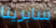
سابرينا